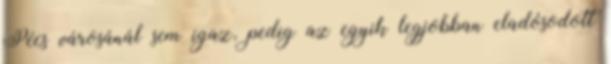
Pécs városánál sem igaz, pedig az egyik legjobban eladósodott